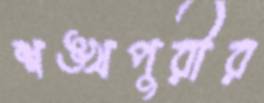
শঙ্খপুরীর